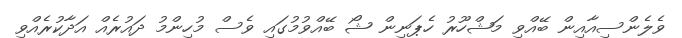
ވެލެންސިއާއިން ބޭއްވި މަޝްހޫރު ހެޕަނިން ޝޯ ބޭއްވުމުގައި ވެސް މުހިންމު ދައުރެއް އަދާކުރެއްވި